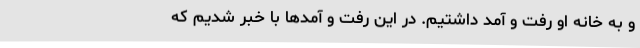
و به خانه او رفت و آمد داشتیم. در این رفت و آمد‌ها با خبر شدیم که